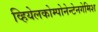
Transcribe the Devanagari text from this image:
व्हियेलकोम्पोनेन्टेनगेमिश